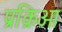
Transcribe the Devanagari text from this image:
प्रक्रिआ